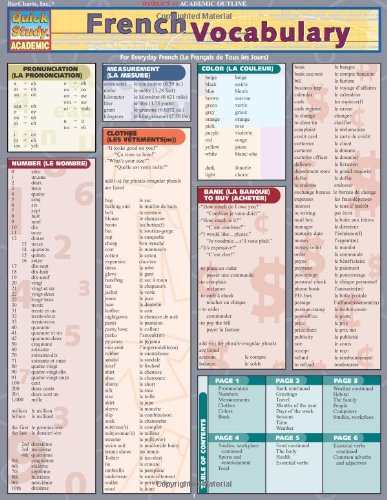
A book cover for French Vocabulary (Quickstudy: Academic); Inc. BarCharts; Reference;